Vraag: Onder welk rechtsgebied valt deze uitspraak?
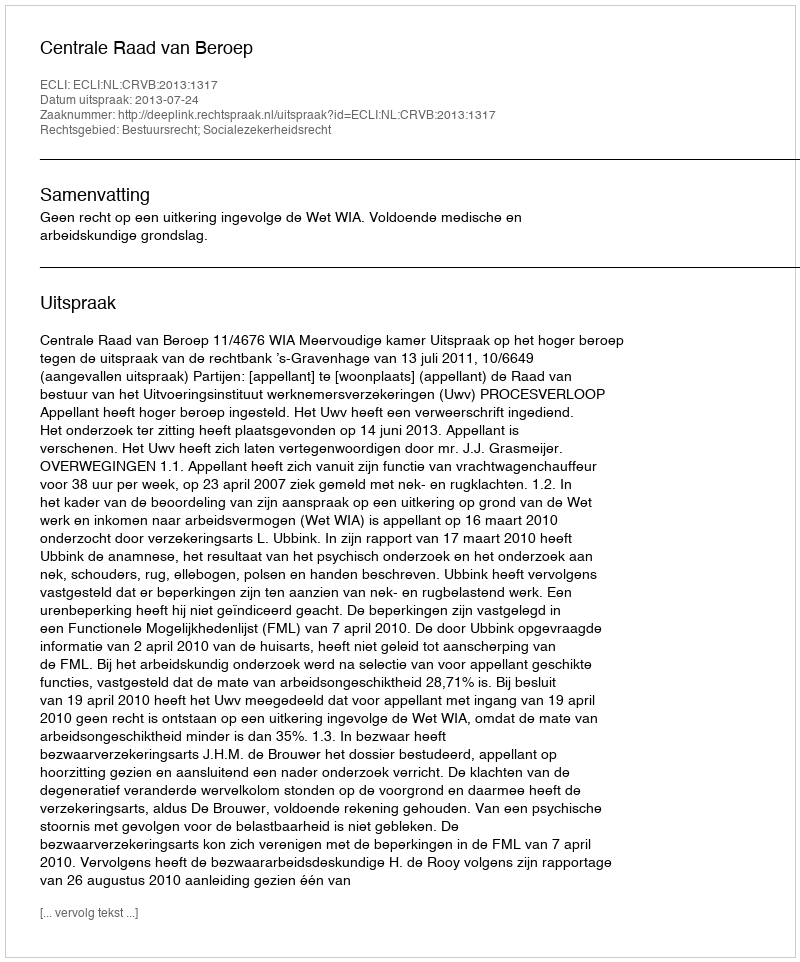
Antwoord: Bestuursrecht; Socialezekerheidsrecht